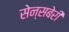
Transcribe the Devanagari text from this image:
सेन्सबेरी